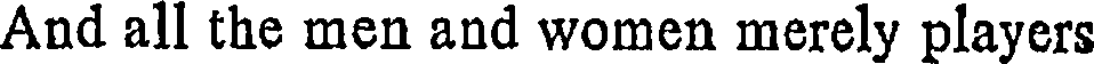
And all the men and women merely players